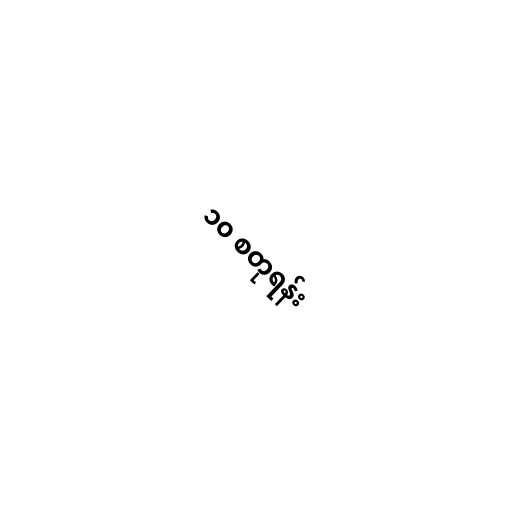
၁၀ စတုရန်း